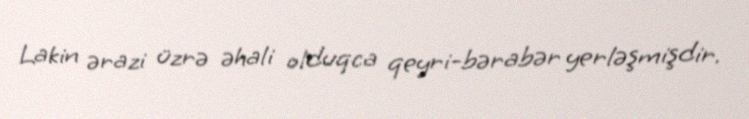
Lakin ərazi üzrə əhali olduqca qeyri-bərabər yerləşmişdir.